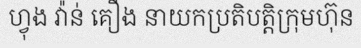
ហ្វុង វ៉ាន់ គឿង នាយកប្រតិបត្តិក្រុមហ៊ុន